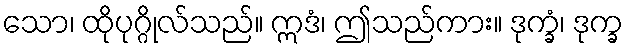
သော၊ ထိုပုဂ္ဂိုလ်သည်။ ဣဒံ၊ ဤသည်ကား။ ဒုက္ခံ၊ ဒုက္ခ